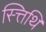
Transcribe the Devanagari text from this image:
स्त्तिथि